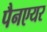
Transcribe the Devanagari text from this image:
पैनएयर